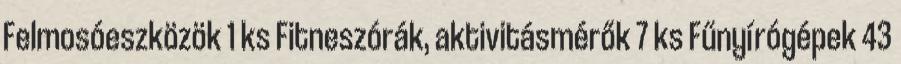
Felmosóeszközök 1 ks Fitneszórák, aktivitásmérők 7 ks Fűnyírógépek 43